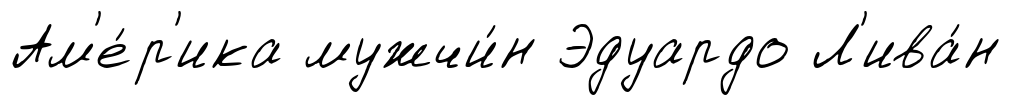
Ам'е́р'ика мужчи́н Эдуардо Л'ива́н